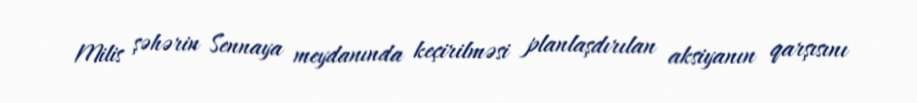
Milis şəhərin Sennaya meydanında keçirilməsi planlaşdırılan aksiyanın qarşısını